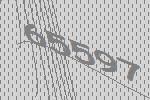
65597